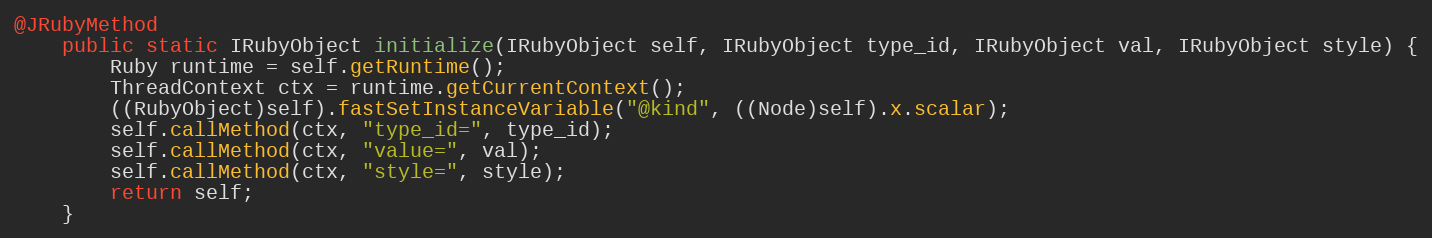
Language: Java
@JRubyMethod
    public static IRubyObject initialize(IRubyObject self, IRubyObject type_id, IRubyObject val, IRubyObject style) {
        Ruby runtime = self.getRuntime();
        ThreadContext ctx = runtime.getCurrentContext();
        ((RubyObject)self).fastSetInstanceVariable("@kind", ((Node)self).x.scalar);
        self.callMethod(ctx, "type_id=", type_id);
        self.callMethod(ctx, "value=", val);
        self.callMethod(ctx, "style=", style);
        return self;
    }